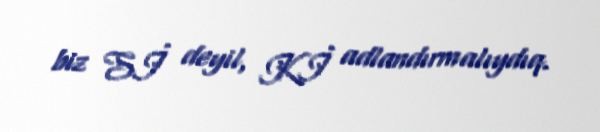
biz Sİ deyil, Kİ adlandırmalıydıq.